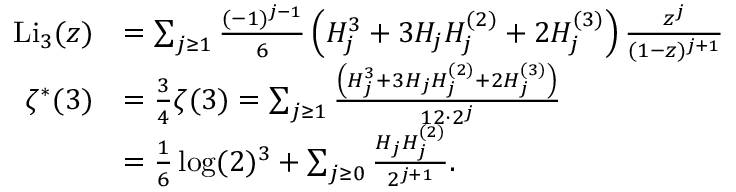
{ \begin{array} { r l } { { \mathrm { L i } } _ { 3 } ( z ) } & { = \sum _ { j \geq 1 } { \frac { ( - 1 ) ^ { j - 1 } } { 6 } } \left( H _ { j } ^ { 3 } + 3 H _ { j } H _ { j } ^ { ( 2 ) } + 2 H _ { j } ^ { ( 3 ) } \right) { \frac { z ^ { j } } { ( 1 - z ) ^ { j + 1 } } } } \\ { \zeta ^ { \ast } ( 3 ) } & { = { \frac { 3 } { 4 } } \zeta ( 3 ) = \sum _ { j \geq 1 } { \frac { \left( H _ { j } ^ { 3 } + 3 H _ { j } H _ { j } ^ { ( 2 ) } + 2 H _ { j } ^ { ( 3 ) } \right) } { 1 2 \cdot 2 ^ { j } } } } \\ & { = { \frac { 1 } { 6 } } \log ( 2 ) ^ { 3 } + \sum _ { j \geq 0 } { \frac { H _ { j } H _ { j } ^ { ( 2 ) } } { 2 ^ { j + 1 } } } . } \end{array} }